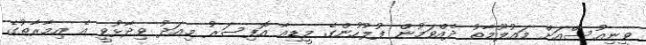
ވީނިއުސްއަށް މައުލޫމާތު ދެއްވަމުން ފުލުހުންގެ މީޑިއާ އޮފިސަރު މިއަދު ވިދާޅުވީ އެ އިމާރާތުގެ